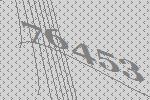
76453